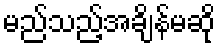
မည်သည့်အချိန်မဆို